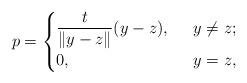
LaTeX: \begin{align*}p=\begin{cases}\dfrac{t}{\|y-z\|}(y-z),&\;\;y\neq z;\\0,&\;\;y= z,\end{cases}\end{align*}